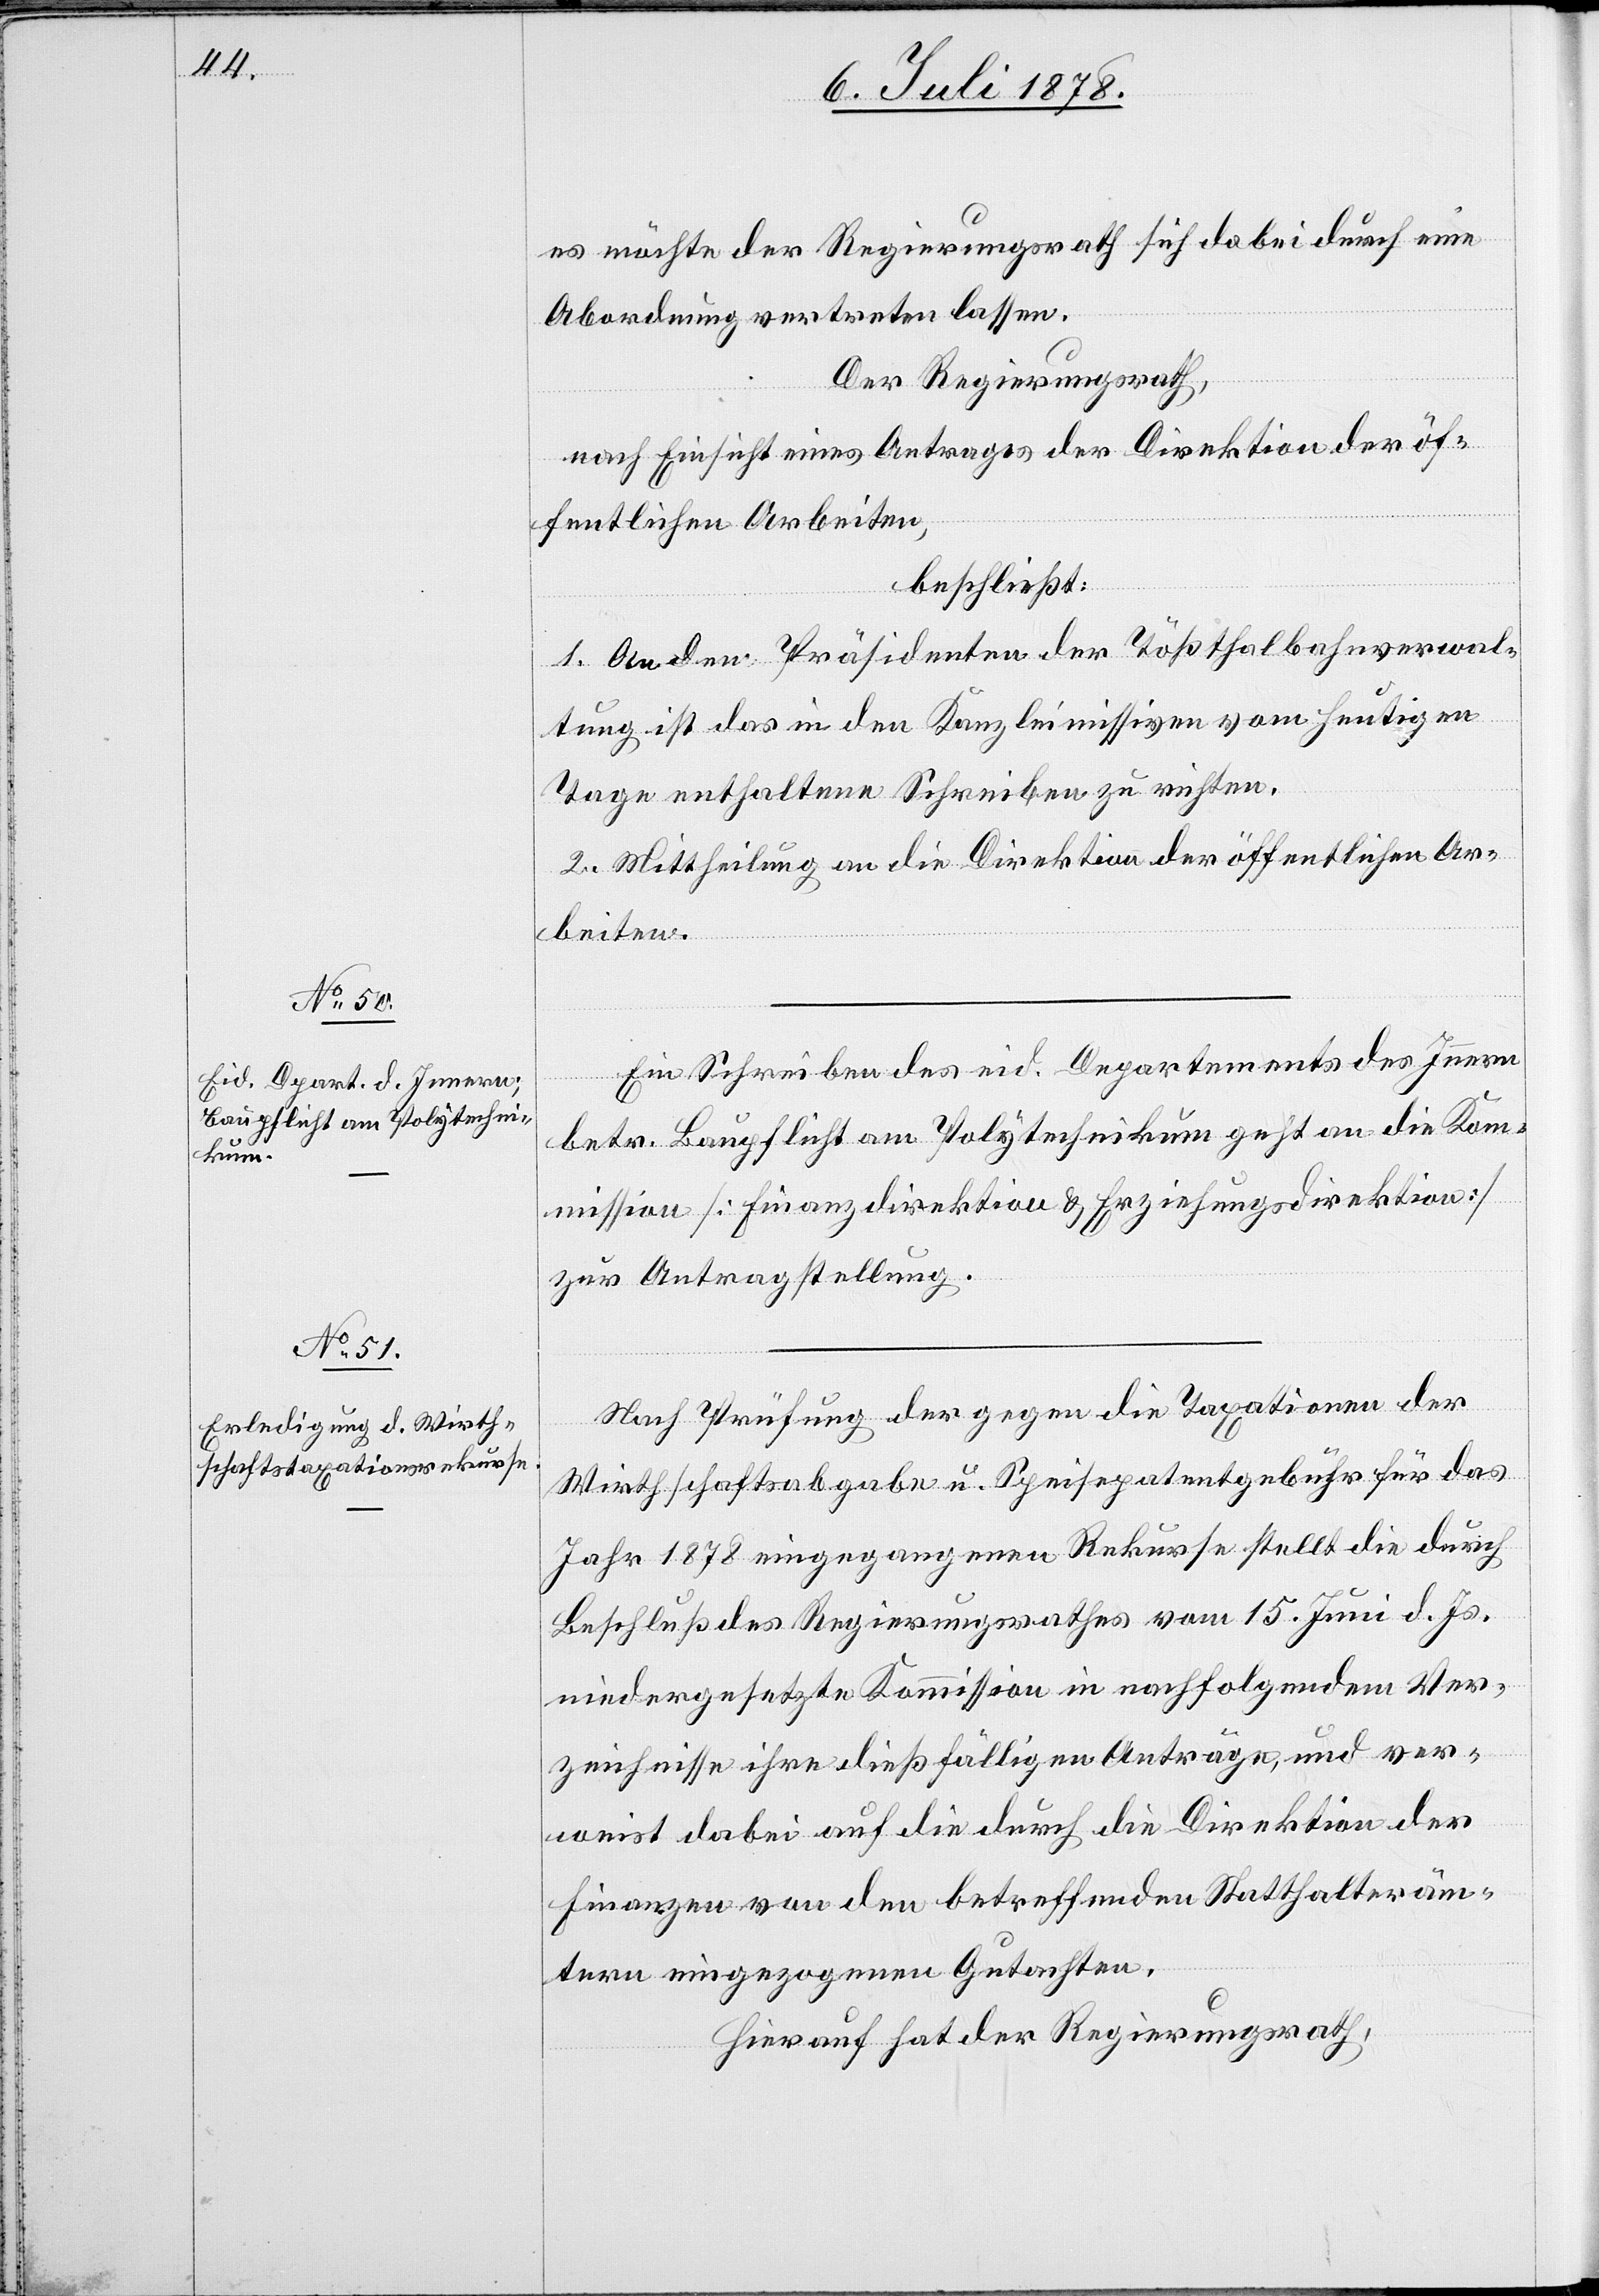
es möchte der Regierungsrath sich dabei durch eine
Abordnung vertreten lassen.
Der Regierungsrath,
nach Einsicht eines Antrages der Direktion der öf¬
fentlichen Arbeiten,
beschließt:
1. An den Präsidenten der Tößthalbahnverwal¬
tung ist das in den Kanzleimissiven vom heutigen
Tage enthaltene Schreiben zu richten.
2. Mittheilung an die Direktion der öffentlichen Ar¬
beiten.
Ein Schreiben des eid. Departements des Innern
betr. Baupflicht am Polytechnikum geht an die Kom¬
mission [Finanzdirektion & Erziehungsdirektion]
zur Antragstellung.
Nach Prüfung der gegen die Taxationen der
Wirthschaftsabgabe u. Speisepatentgebühr für das
Jahr 1878 eingegangenen Rekurse stellt die durch
Beschluß des Regierungsrathes vom 15. Juni d. Js.
niedergesetzte Kommission in nachfolgendem Ver¬
zeichnisse ihre dießfälligen Anträge, und ver¬
weist dabei auf die durch die Direktion der
Finanzen von den betreffenden Statthalteräm¬
tern eingezogenen Gutachten.
Hierauf hat der Regierungsrath,